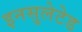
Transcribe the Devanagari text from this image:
इनसुलेटेड